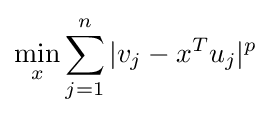
\min _{x}\sum _{j=1}^{n}|v_{j}-x^{T}u_{j}|^{p}